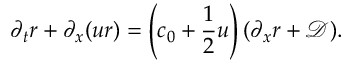
\partial _ { t } r + \partial _ { x } ( u r ) = \left( c _ { 0 } + \frac { 1 } { 2 } u \right) ( \partial _ { x } r + \mathcal { D } ) .